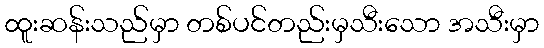
ထူးဆန်းသည်မှာ တစ်ပင်တည်းမှသီးသော အသီးမှာ